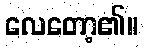
လေတော့၏။